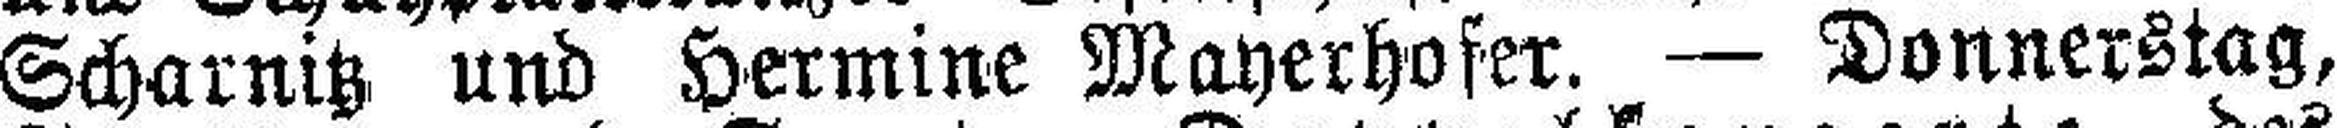
Scharnitz und Hermine Mayerhofer. — Donnerstag,